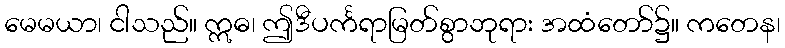
မေမယာ၊ ငါသည်။ ဣဓ၊ ဤဒီပင်္ကရာမြတ်စွာဘုရား အထံတော်၌။ ကတေန၊